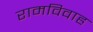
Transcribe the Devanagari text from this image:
रामविवाह